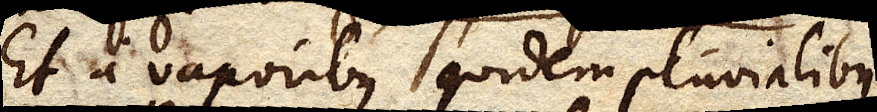
Et a vaporibus quidem pluvialibus